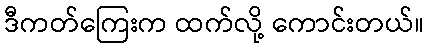
ဒီကတ်ကြေးက ထက်လို့ ကောင်းတယ်။